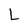
Character: L